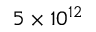
5 \times 1 0 ^ { 1 2 }